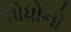
શોધોનો